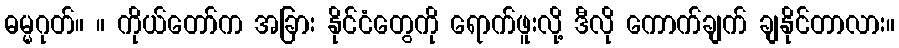
ဓမ္မဂုတ်။ ။ ကိုယ်တော်က အခြား နိုင်ငံတွေကို ရောက်ဖူးလို့ ဒီလို ကောက်ချက် ချနိုင်တာလား။